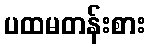
ပထမတန်းစား